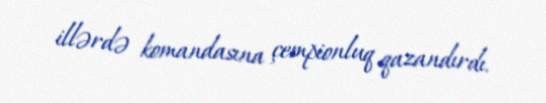
illərdə komandasına çempionluq qazandırdı.